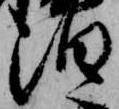
泊